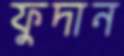
ফুদান